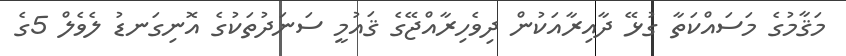
މަޤާމުގެ މަސައްކަތާ ގުޅޭ ދާއިރާއަކުން ދިވެހިރާއްޖޭގެ ޤައުމީ ސަނަދުތަކުގެ އޮނިގަނޑު ލެވެލް 5ގެ